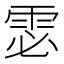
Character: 𲉴